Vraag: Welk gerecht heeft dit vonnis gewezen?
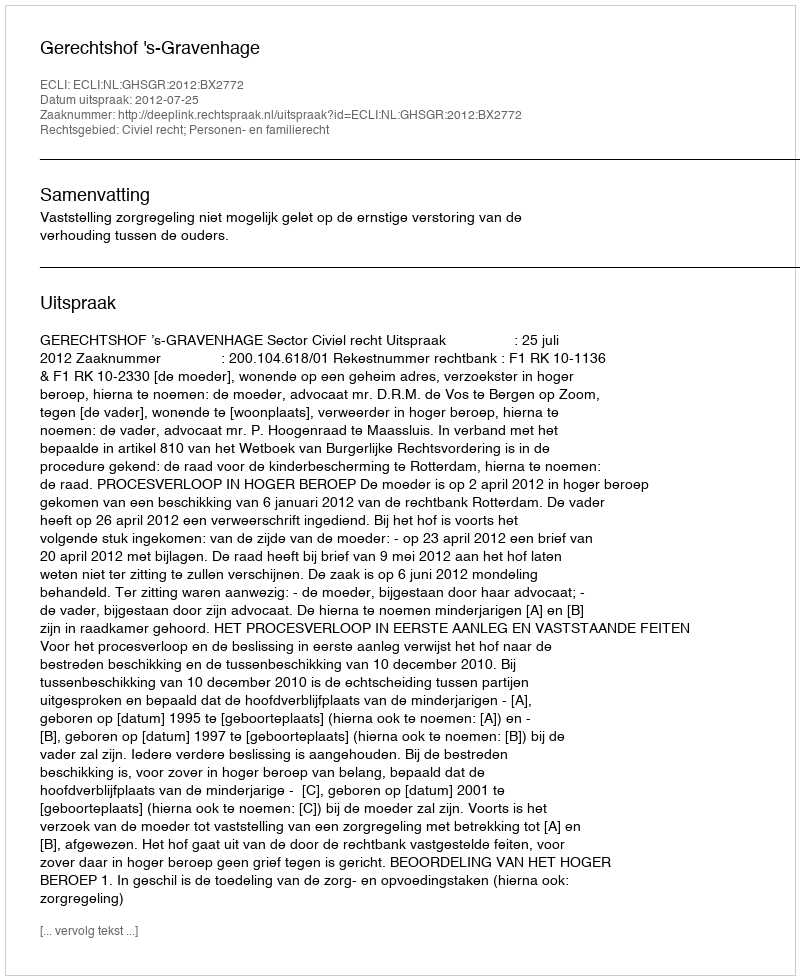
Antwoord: Gerechtshof 's-Gravenhage